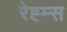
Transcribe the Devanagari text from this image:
रेह्म्स